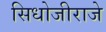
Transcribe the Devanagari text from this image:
सिधोजीराजे